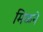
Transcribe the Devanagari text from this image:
मिळने